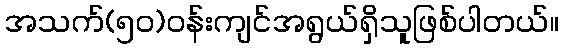
အသက်(၅၀)ဝန်းကျင်အရွယ်ရှိသူဖြစ်ပါတယ်။